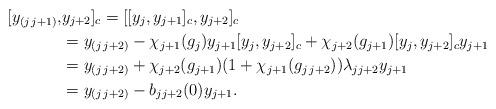
LaTeX: \begin{align*}[y_{(j\,j+1)}, & y_{j+2} ]_c = [[y_{j},y_{j+1}]_c,y_{j+2}]_c \\&= y_{(j\,j+2)}-\chi_{j+1}(g_{j}) y_{j+1}[y_{j},y_{j+2}]_c+\chi_{j+2}(g_{j+1}) [y_{j},y_{j+2}]_c y_{j+1} \\&= y_{(j\,j+2)}+\chi_{j+2}(g_{j+1})(1+\chi_{j+1}(g_{j\,j+2}))\lambda_{jj+2} y_{j+1} \\&= y_{(j\,j+2)}-b_{jj+2}(0) y_{j+1}.\end{align*}